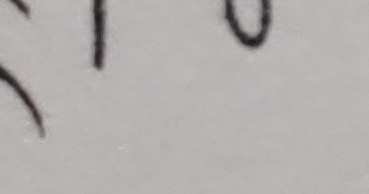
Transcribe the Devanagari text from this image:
७०